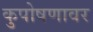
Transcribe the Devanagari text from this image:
कुपोषणावर